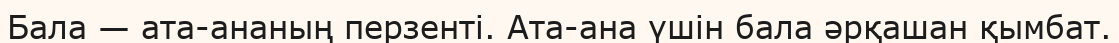
Бала — ата-ананың перзенті. Ата-ана үшін бала әрқашан қымбат.